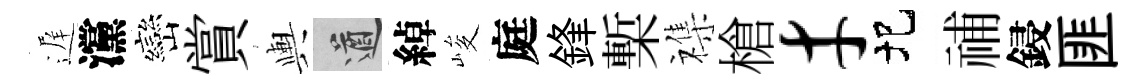
遅灙巒賞輿遒綽峻庭鋒槧襍槍才圯𥙷鋟匪